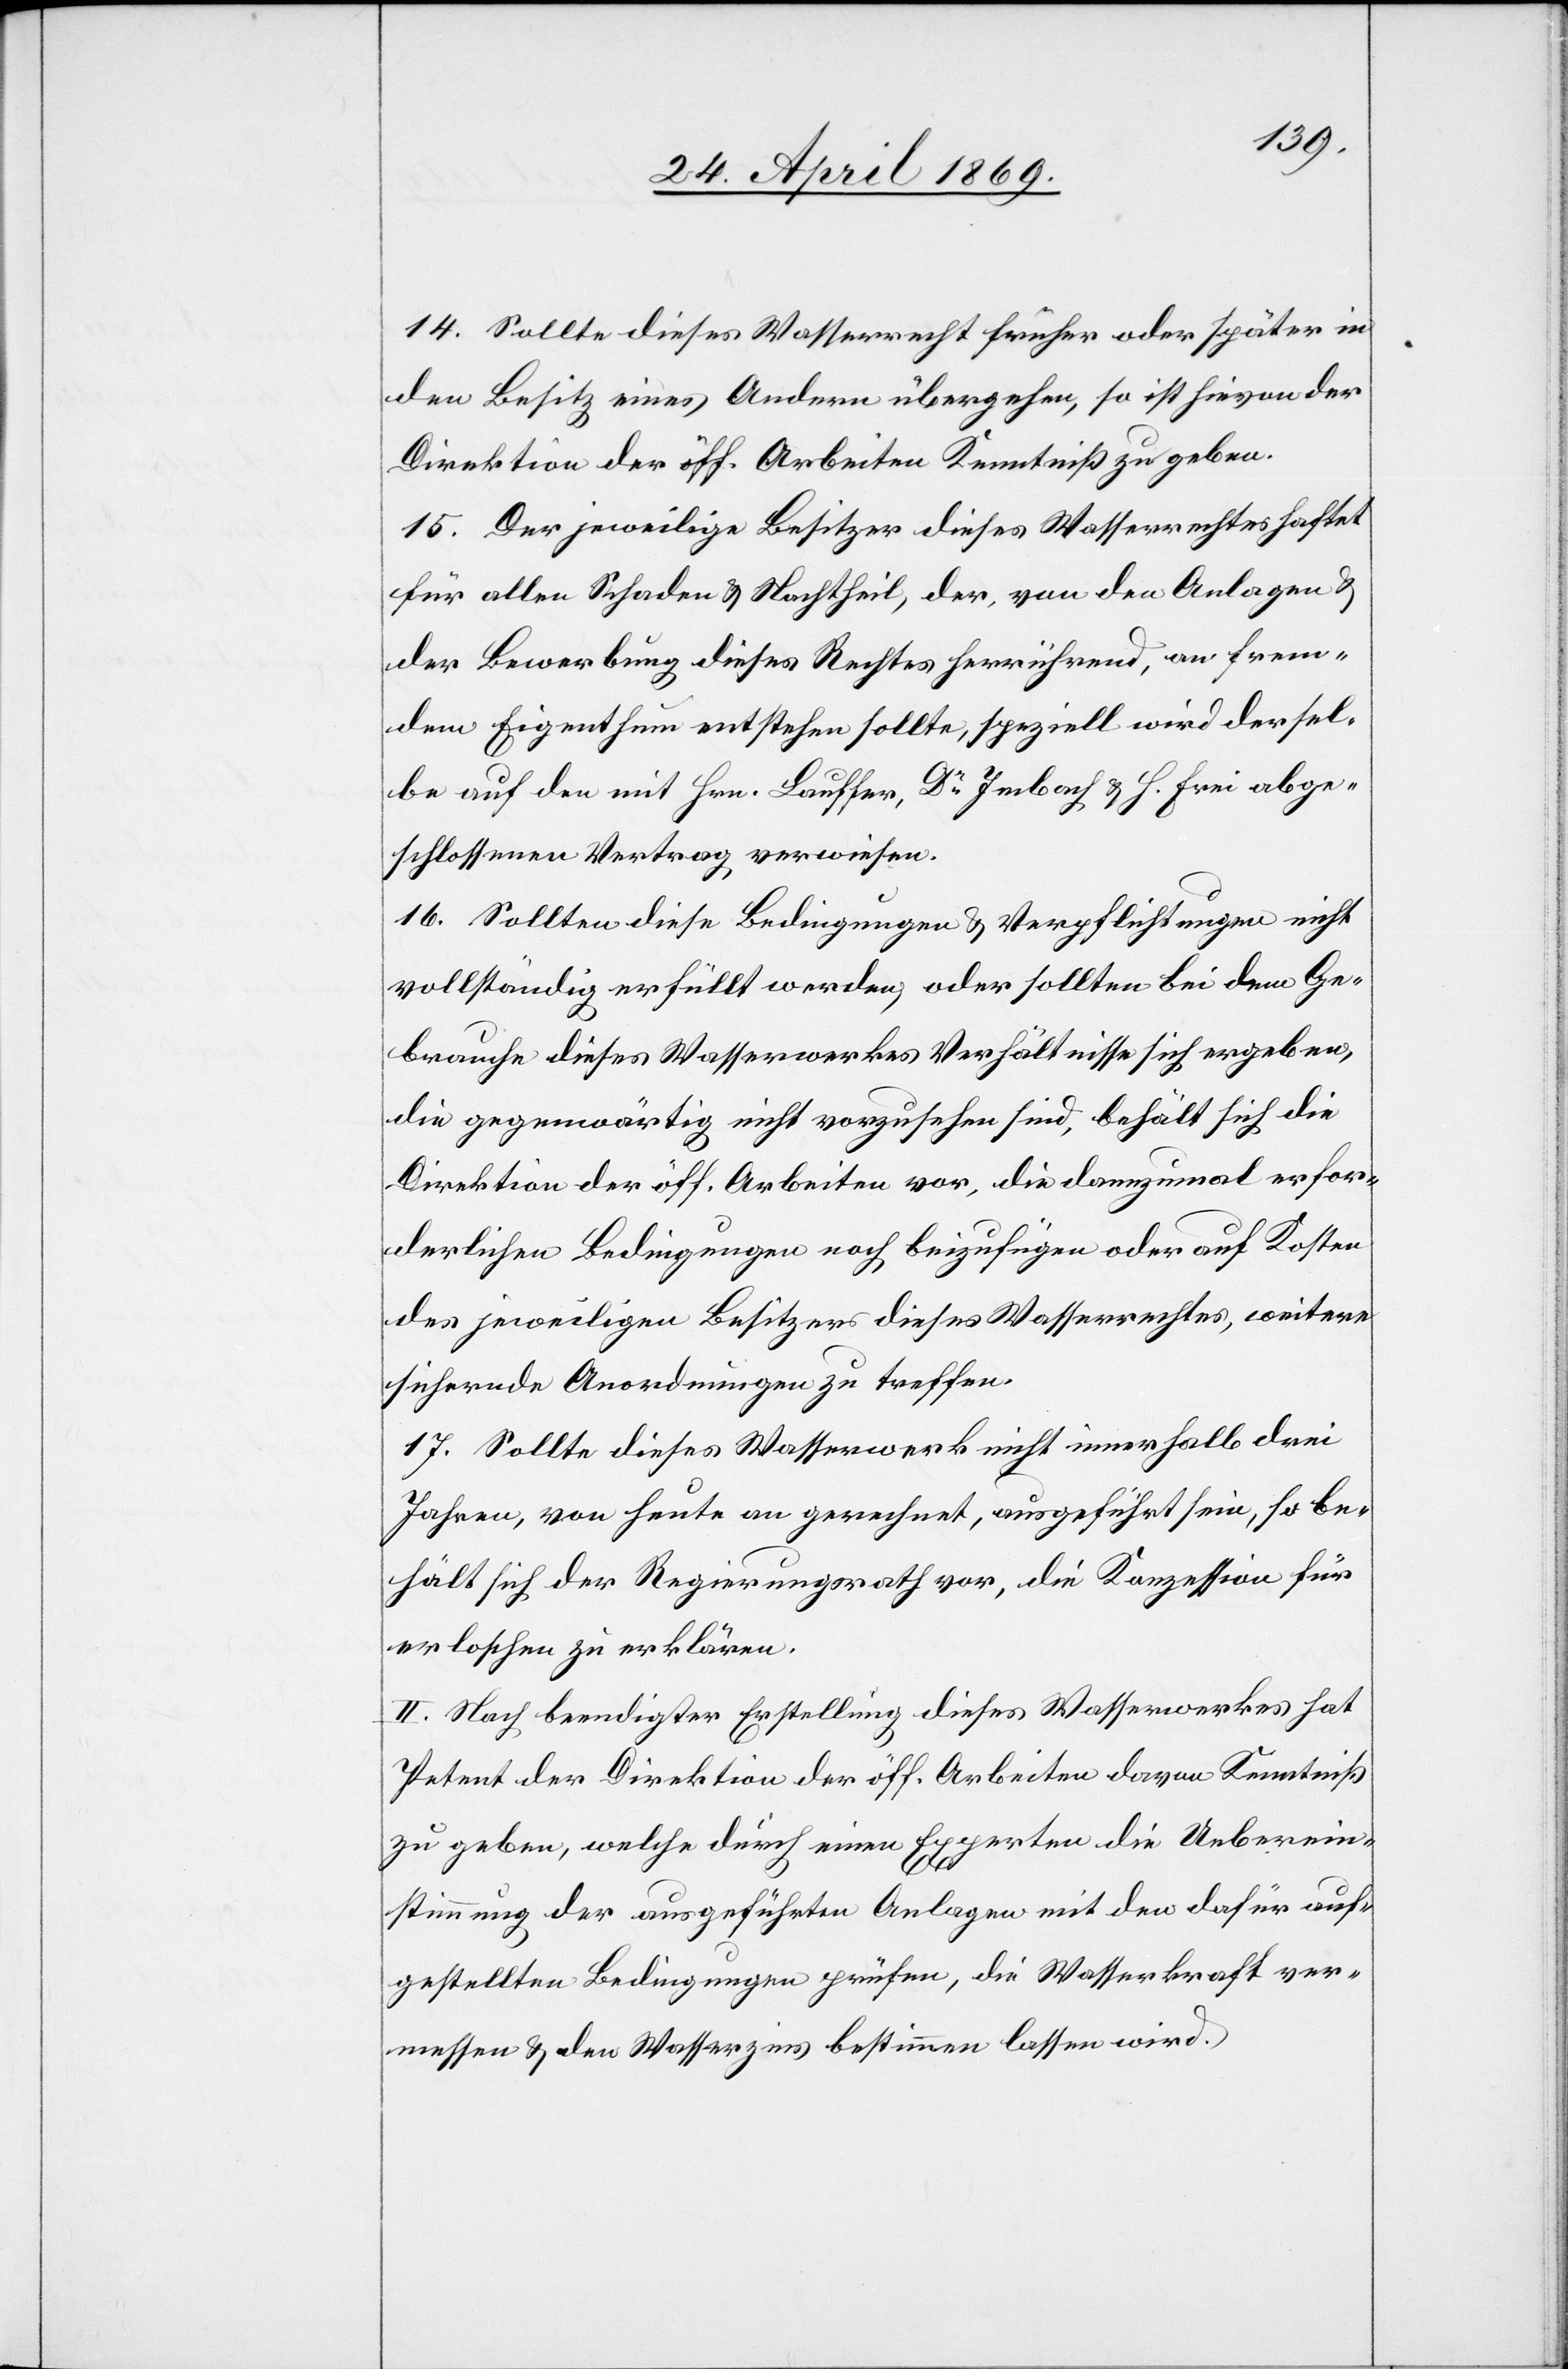
14. Sollte dieses Wasserrecht früher oder später in
den Besitz eines Andern übergehen, so ist hievon der
Direktion der öff. Arbeiten Kenntniß zu geben.
15. Der jeweilige Besitzer dieses Wasserrechtes haftet
für allen Schaden u. Nachtheil, der, von den Anlagen u.
der Bewerbung dieses Rechtes herrührend, an frem¬
dem Eigenthum entstehen sollte, speziell wird dersel¬
be auf den mit den Hrn. Lauffer, Dr Imbach u. H. Frei abge¬
schlossenen Vertrag verwiesen.
16. Sollten diese Bedingungen u. Verpflichtungen nicht
vollständig erfüllt werden, oder sollten bei dem Ge¬
brauche dieses Wasserwerkes Verhältnisse sich ergeben,
die gegenwärtig nicht vorzusehen sind, behält sich die
Direktion der öff. Arbeiten vor, die dannzumal erfor¬
derlichen Bedingungen noch beizufügen oder auf Kosten
des jeweiligen Besitzers dieses Wasserrechtes, weitere
sichernde Anordnungen zu treffen.
17. Sollte dieses Wasserwerk nicht innerhalb drei
Jahren, von heute an gerechnet, ausgeführt sein, so be¬
hält sich der Regierungsrath vor, die Konzession für
erloschen zu erklären.
II. Nach beendigter Erstellung dieses Wasserwerkes hat
Petent der Direktion der öff. Arbeiten davon Kenntniß
zu geben, welche durch einen Experten die Ueberein¬
stimmung der ausgeführten Anlagen mit den dafür auf¬
gestellten Bedingungen prüfen, die Wasserkraft ver¬
messen u. den Wasserzins bestimmen lassen wird.